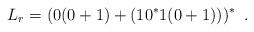
LaTeX: \begin{align*}L_r = (0(0+1)+(10^*1(0+1)))^* \enspace .\end{align*}